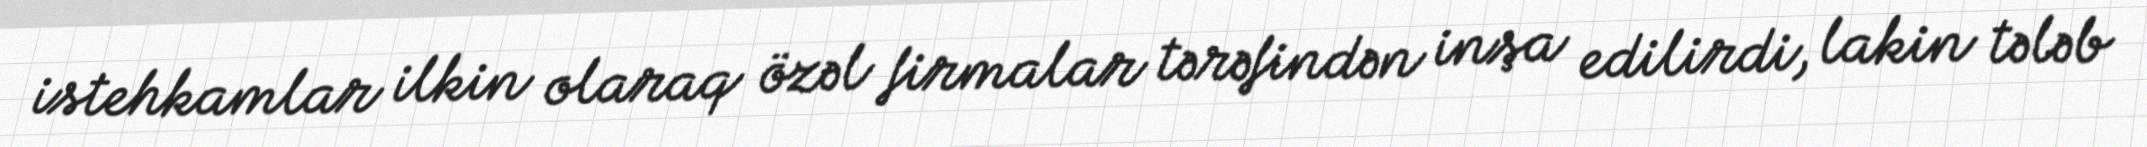
istehkamlar ilkin olaraq özəl firmalar tərəfindən inşa edilirdi, lakin tələb